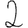
Digit: 2